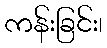
ကန်းခြင်း၊